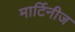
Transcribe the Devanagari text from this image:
मार्टिनीज